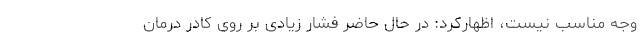
وجه مناسب نیست، اظهارکرد: در حال حاضر فشار زیادی بر روی کادر درمان